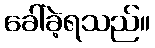
ခေါ်ခဲ့ရသည်။